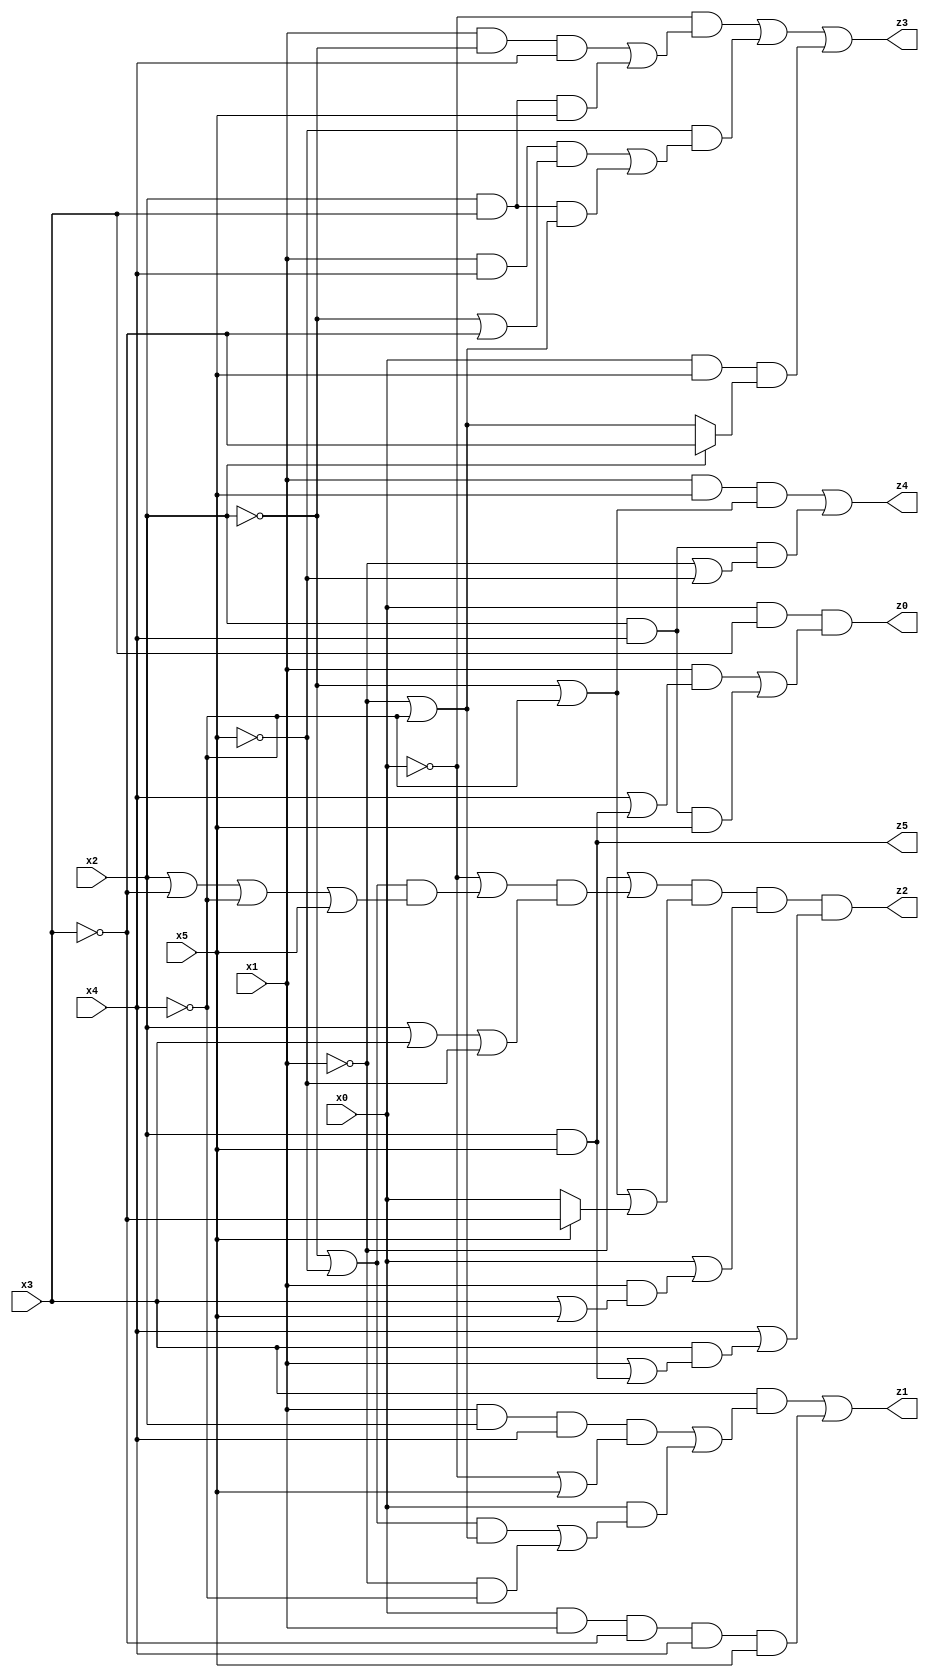
// Benchmark "mult_3x3" written by ABC on Fri Dec 09 22:23:14 2022

module mult_3x3 ( 
    x0, x1, x2, x3, x4, x5,
    z0, z1, z2, z3, z4, z5  );
  input  x0, x1, x2, x3, x4, x5;
  output z0, z1, z2, z3, z4, z5;
  assign z0 = x0 & x3 & ((x1 & (x4 | (x2 & x5))) | (x2 & x4 & x5));
  assign z1 = (x3 & ((x1 & x2 & x4 & (~x0 | x5)) | (x0 & (((~x2 | ~x5) & (~x1 | ~x4)) | (~x1 & ~x4))))) | (x0 & x1 & ~x3 & x4 & x5);
  assign z2 = (~x1 | ((~x0 | ((~x2 | ~x5) & (x2 | ~x3 | ~x4 | x5))) & (x2 | x3 | ~x5))) & (~x2 | ~x4 | (x5 ? ~x3 : x0)) & (x0 | (x1 & (x3 | x5))) & (x4 | (x3 & (x1 | (x2 & x5))));
  assign z3 = (~x0 & ((x1 & ~x2 & x4) | (x2 & x3 & x5))) | (~x5 & ((x1 & x4 & (~x2 | ~x3)) | (x2 & x3 & (~x1 | ~x4)))) | (x0 & x5 & (x2 ? ~x3 : (~x1 | ~x4)));
  assign z4 = (x1 & x5 & (~x2 | ~x4)) | (x2 & x4 & (~x1 | ~x5));
  assign z5 = x2 & x5;
endmodule